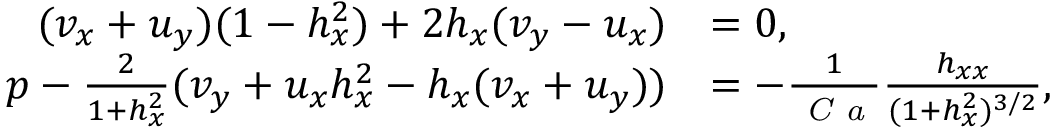
\begin{array} { r l } { ( v _ { x } + u _ { y } ) ( 1 - h _ { x } ^ { 2 } ) + 2 h _ { x } ( v _ { y } - u _ { x } ) } & { = 0 , } \\ { p - \frac { 2 } { 1 + h _ { x } ^ { 2 } } ( v _ { y } + u _ { x } h _ { x } ^ { 2 } - h _ { x } ( v _ { x } + u _ { y } ) ) } & { = - \frac { 1 } { \mathrm { \textit { C a } } } \frac { h _ { x x } } { ( 1 + h _ { x } ^ { 2 } ) ^ { 3 / 2 } } , } \end{array}